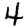
Digit: 4